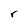
Character: r